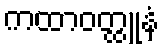
ကထာဝတ္ထူနံ